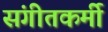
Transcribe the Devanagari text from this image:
संगीतकर्मी